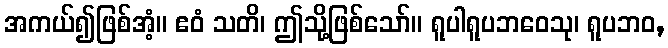
အကယ်၍ဖြစ်အံ့။ ဧဝံ သတိ၊ ဤသို့ဖြစ်သော်။ ရူပါရူပဘဝေသု၊ ရူပဘဝ,